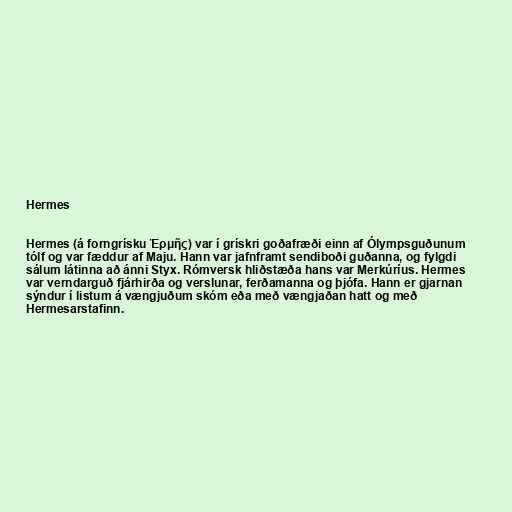
Hermes

Hermes (á forngrísku Ἑρμῆς) var í grískri goðafræði einn af Ólympsguðunum
tólf og var fæddur af Maju. Hann var jafnframt sendiboði guðanna, og fylgdi
sálum látinna að ánni Styx. Rómversk hliðstæða hans var Merkúríus. Hermes
var verndarguð fjárhirða og verslunar, ferðamanna og þjófa. Hann er gjarnan
sýndur í listum á vængjuðum skóm eða með vængjaðan hatt og með
Hermesarstafinn.